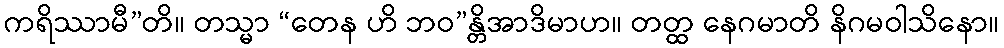
ကရိဿာမီ”တိ။ တသ္မာ “တေန ဟိ ဘဝ”န္တိအာဒိမာဟ။ တတ္ထ နေဂမာတိ နိဂမဝါသိနော။